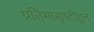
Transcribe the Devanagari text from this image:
प्रतिमासृष्टीहून